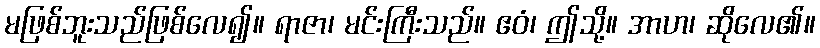
မဖြစ်ဘူးသည်ဖြစ်လေ၍။ ရာဇာ၊ မင်းကြီးသည်။ ဧဝံ၊ ဤသို့။ အာဟ၊ ဆိုလေ၏။